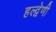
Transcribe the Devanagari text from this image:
हल्द्वेणी